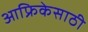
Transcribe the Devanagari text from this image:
आफ्रिकेसाठी